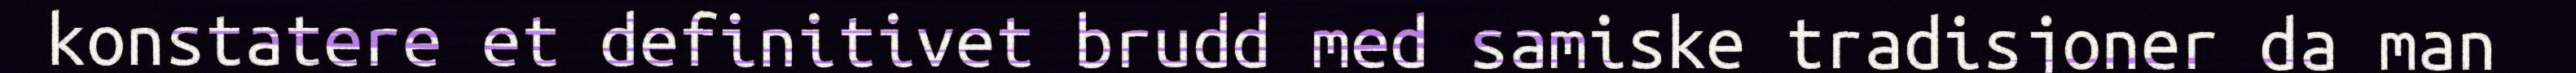
konstatere et definitivet brudd med samiske tradisjoner da man